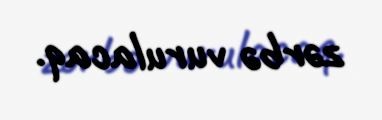
zərbə vurulacaq.